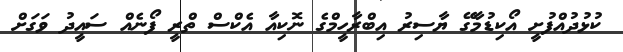
ކުޅުދުއްފުށީ އޯކިޑުމާގޭ ޔާސިރު އިބްރާހީމްގެ ނޮކިއާ އެކްސް ތްރީ ފޯނެއް ސައީދު ވަގަށް